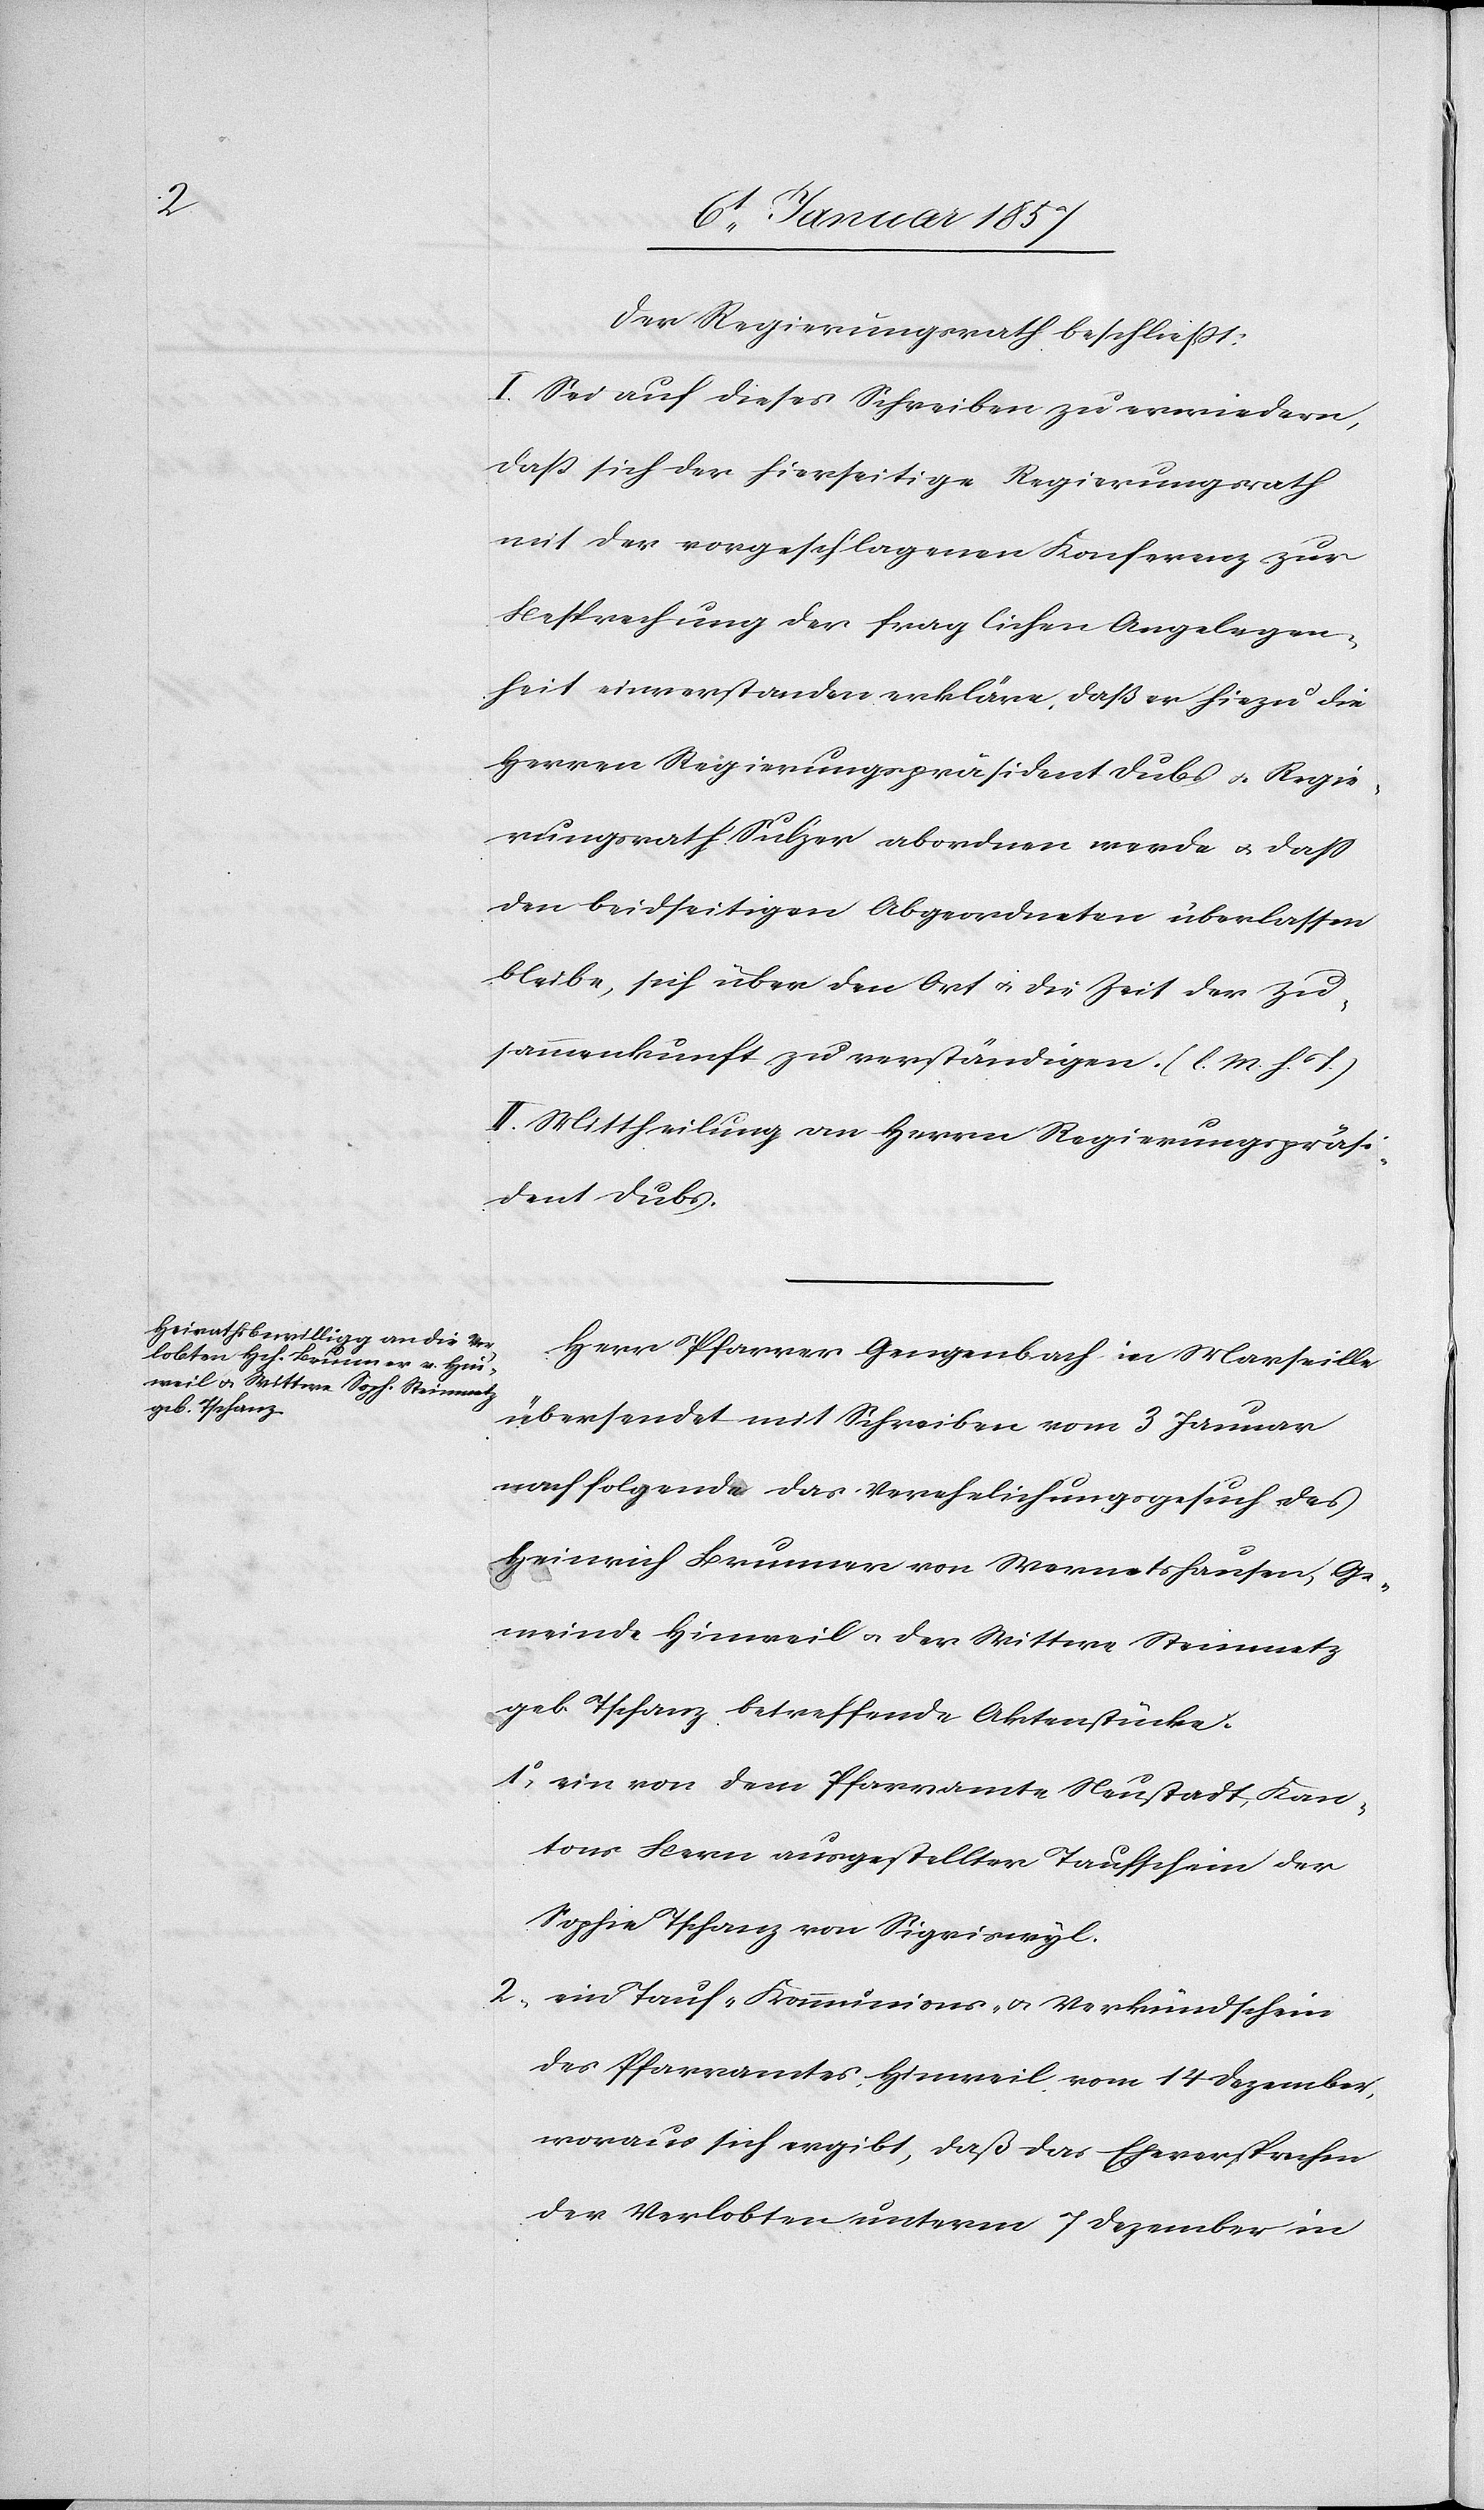
Der Regierungsrath beschließt:
I. Sei auf dieses Schreiben zu erwiedern,
daß sich der hierseitige Regierungsrath
mit der vorgeschlagenen Konferenz zur
Besprechung der fraglichen Angelegen¬
heit einverstanden erkläre, daß er hiezu die
Herren Regierungspräsident Dubs u. Regie¬
rungsrath Sulzer abordnen werde u. daß
den beidseitigen Abgeordneten überlassen
bleibe, sich über den Ort u. die Zeit der Zu¬
sammenkunft zu verständigen. (l. M. h. T.)
II. Mittheilung an Herrn Regierungspräsi¬
dent Dubs.
Herr Pfarrer Gengenbach in Marseille
übersendet mit Schreiben vom 3 Januar
nachfolgende das Verehelichungsgesuch des
Heinrich Brunner von Wernetshausen, Ge¬
meinde Hinweil u. der Wittwe Steinmetz
geb Tschanz betreffende Aktenstücke:
1. ein von dem Pfarramte Neustadt, Kan¬
tons Bern ausgestellter Taufschein der
Sophie Tschanz von Sigriswyl.
2. ein Tauf- Kommunions- u. Verkündschein
des Pfarramtes Hinweil vom 14 Dezember,
woraus sich ergibt, daß das Eheversprechen
der Verlobten unterm 7 Dezember in